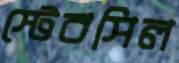
স্টেবসিল